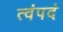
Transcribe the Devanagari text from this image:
त्वंपदं